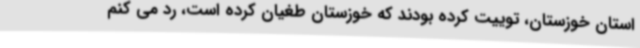
استان خوزستان، توییت کرده بودند که خوزستان طغیان کرده است، رد می کنم